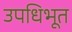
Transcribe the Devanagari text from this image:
उपधिभूत